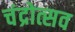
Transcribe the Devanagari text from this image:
चंद्रोत्सव